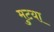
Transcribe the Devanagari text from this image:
मुटया